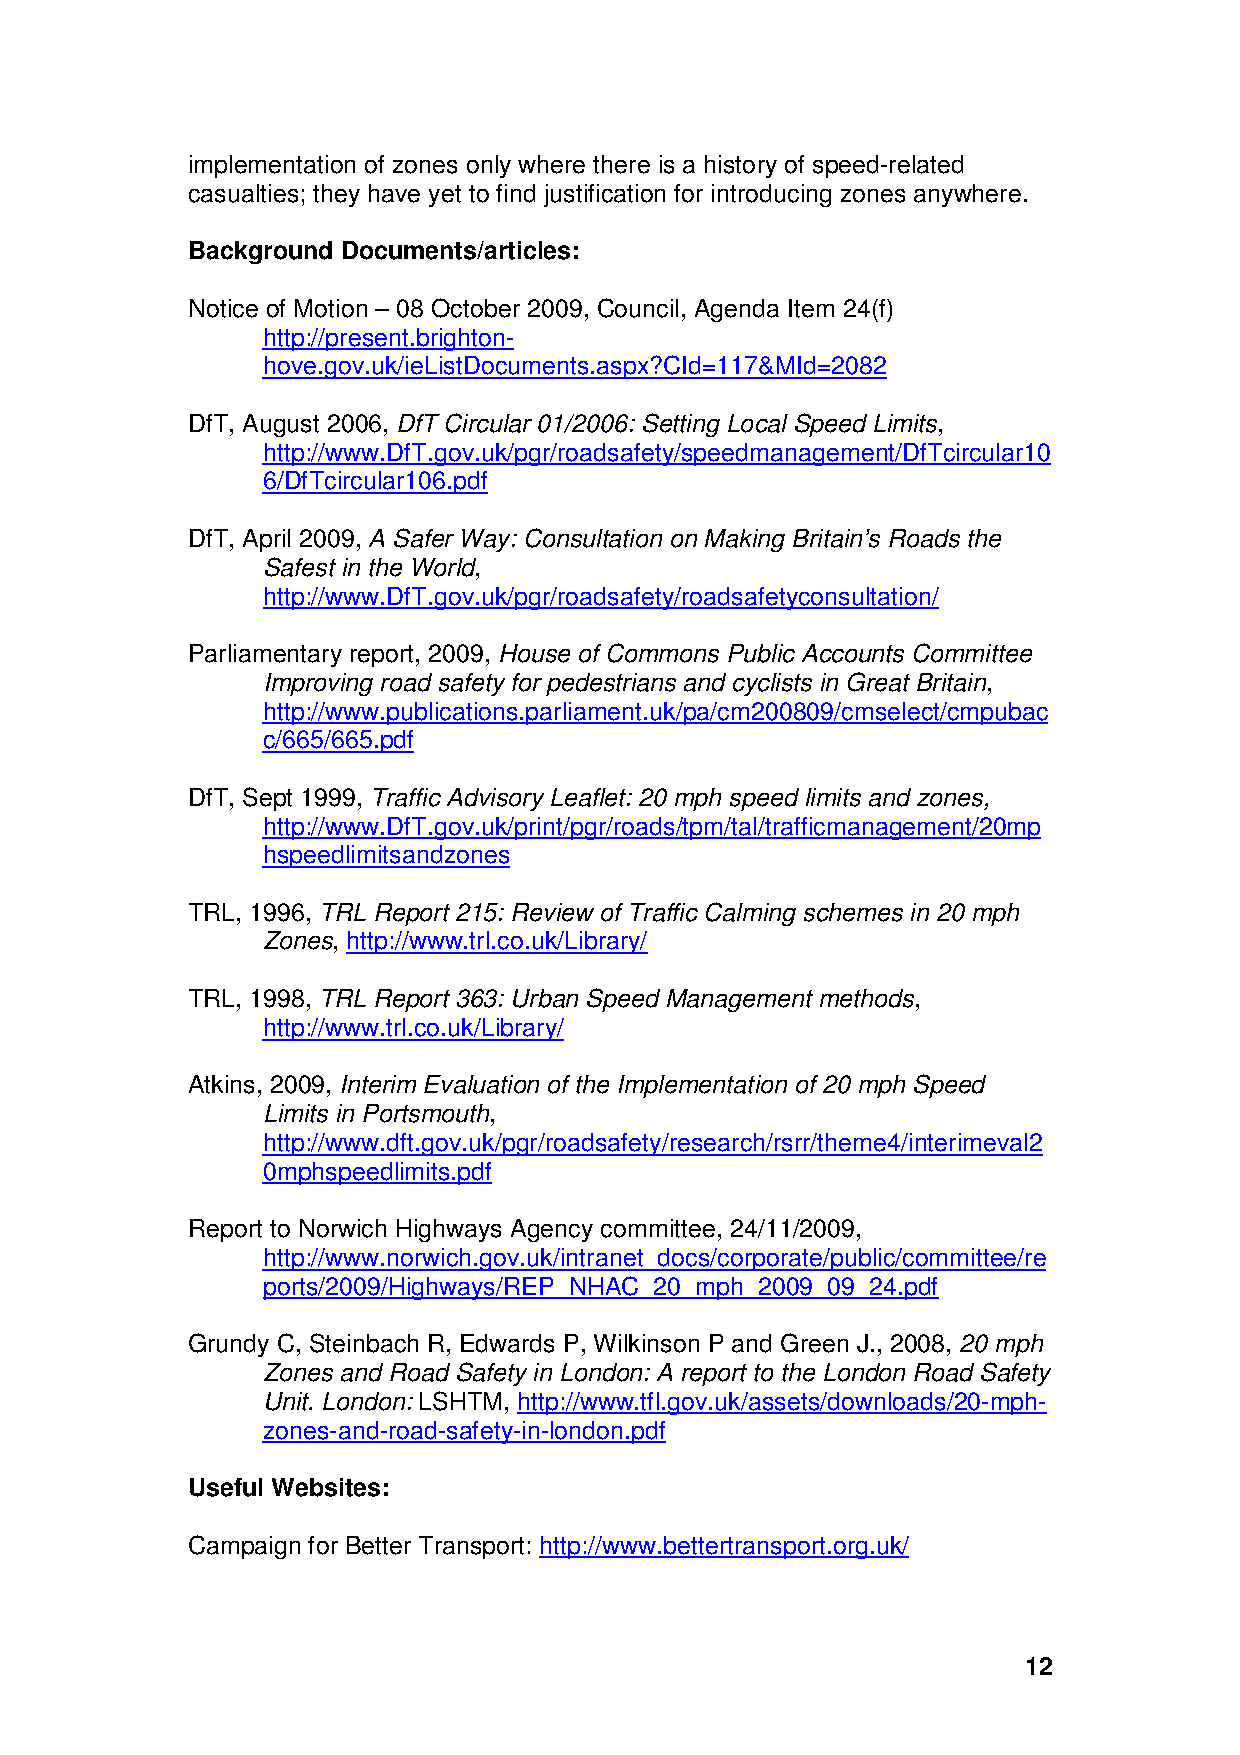
implementation of zones only where there is a history of speed-related
 casualties; they have yet to find justification for introducing zones anywhere.
 Background Documents/articles:
 Notice of Motion – 08 October 2009, Council, Agenda Item 24(f)
 http://present.brighton-
 hove.gov.uk/ieListDocuments.aspx?CId=117&MId=2082
 DfT, August 2006, DfT Circular 01/2006: Setting Local Speed Limits,
 http://www.DfT.gov.uk/pgr/roadsafety/speedmanagement/DfTcircular10
 6/DfTcircular106.pdf
 DfT, April 2009, A Safer Way: Consultation on Making Britain’s Roads the
 Safest in the World,
 http://www.DfT.gov.uk/pgr/roadsafety/roadsafetyconsultation/
 Parliamentary report, 2009, House of Commons Public Accounts Committee
 Improving road safety for pedestrians and cyclists in Great Britain,
 http://www.publications.parliament.uk/pa/cm200809/cmselect/cmpubac
 c/665/665.pdf
 DfT, Sept 1999, Traffic Advisory Leaflet: 20 mph speed limits and zones,
 http://www.DfT.gov.uk/print/pgr/roads/tpm/tal/trafficmanagement/20mp
 hspeedlimitsandzones
 TRL, 1996, TRL Report 215: Review of Traffic Calming schemes in 20 mph
 Zones, http://www.trl.co.uk/Library/
 TRL, 1998, TRL Report 363: Urban Speed Management methods,
 http://www.trl.co.uk/Library/
 Atkins, 2009, Interim Evaluation of the Implementation of 20 mph Speed
 Limits in Portsmouth,
 http://www.dft.gov.uk/pgr/roadsafety/research/rsrr/theme4/interimeval2
 0mphspeedlimits.pdf
 Report to Norwich Highways Agency committee, 24/11/2009,
 http://www.norwich.gov.uk/intranet_docs/corporate/public/committee/re
 ports/2009/Highways/REP_NHAC_20_mph_2009_09_24.pdf
 Grundy C, Steinbach R, Edwards P, Wilkinson P and Green J., 2008, 20 mph
 Zones and Road Safety in London: A report to the London Road Safety
 Unit. London: LSHTM, http://www.tfl.gov.uk/assets/downloads/20-mph-
 zones-and-road-safety-in-london.pdf
 Useful Websites:
 Campaign for Better Transport: http://www.bettertransport.org.uk/
 12